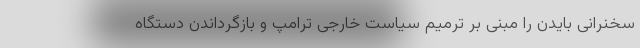
سخنرانی بایدن را مبنی بر ترمیم سیاست خارجی ترامپ و بازگرداندن دستگاه